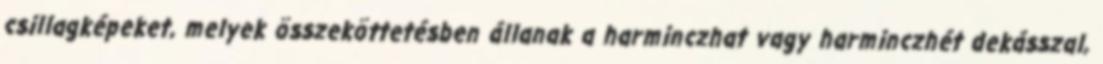
csillagképeket, melyek összeköttetésben állanak a harminczhat vagy harminczhét dekásszal,